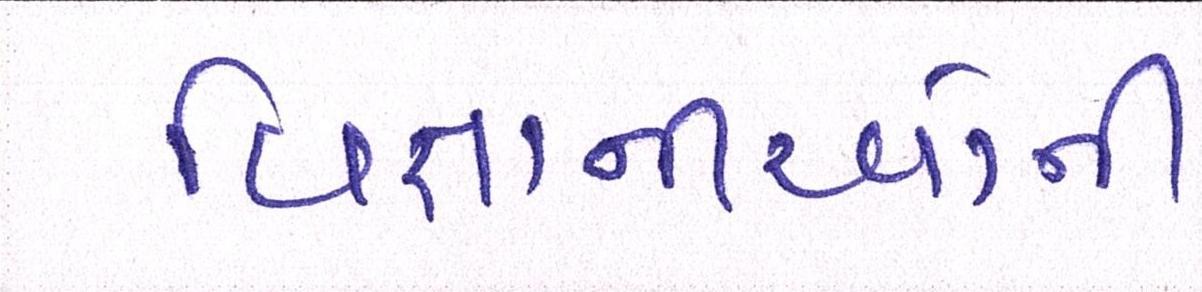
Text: વિજ્ઞાનીઓની